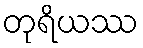
တုရိယဿ